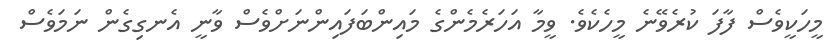
މީހަކީވެސް ފާފަ ކުރެވޭނެ މީހެކެވެ. ވީމާ އަހަރެމެންގެ މައިންބަފައިންނަށްވެސް ވާނީ އެނގިގެން ނަމަވެސް